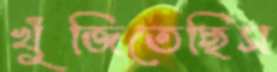
খুঁজিতেছিস